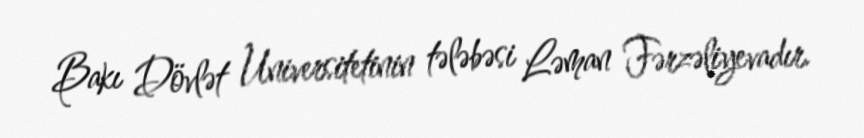
Bakı Dövlət Universitetinin tələbəsi Ləman Fərzəliyevadır.